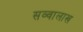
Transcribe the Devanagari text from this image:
सव्वालाख